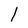
Character: l